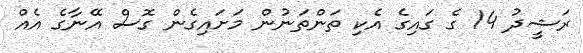
ރަޝީދު 14 ގެ ގައިގެ އެކި ތަންތަނުން މަށައިގެން ގޮސް އޭނާގެ އެއް